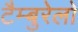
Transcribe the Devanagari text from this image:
टैम्बुरेलो